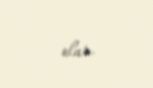
olar.